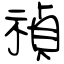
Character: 禎